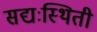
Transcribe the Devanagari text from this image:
सद्यःस्थिती